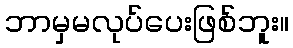
ဘာမှမလုပ်ပေးဖြစ်ဘူး။